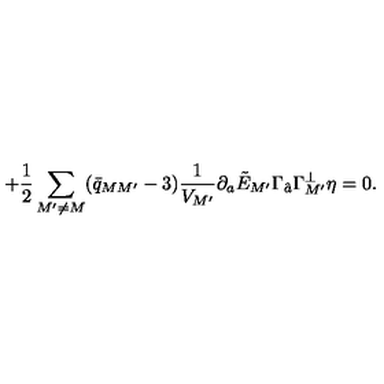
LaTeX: \qquad \qquad \qquad \qquad + { \frac { 1 } { 2 } } \sum _ { M ^ { \prime } \neq M } ( \bar { q } _ { M M ^ { \prime } } - 3 ) { \frac { 1 } { V _ { M ^ { \prime } } } } \partial _ { a } \tilde { E } _ { M ^ { \prime } } \Gamma _ { \hat { a } } \Gamma _ { M ^ { \prime } } ^ { \perp } \eta = 0 .